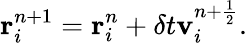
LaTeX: \mathbf{r}_{i}^{n+1}=\mathbf{r}_{i}^{n}+\delta t\mathbf{v}_{i}^{n+\frac{1}{2}}.